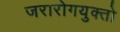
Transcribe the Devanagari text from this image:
जरारोगयुक्तो